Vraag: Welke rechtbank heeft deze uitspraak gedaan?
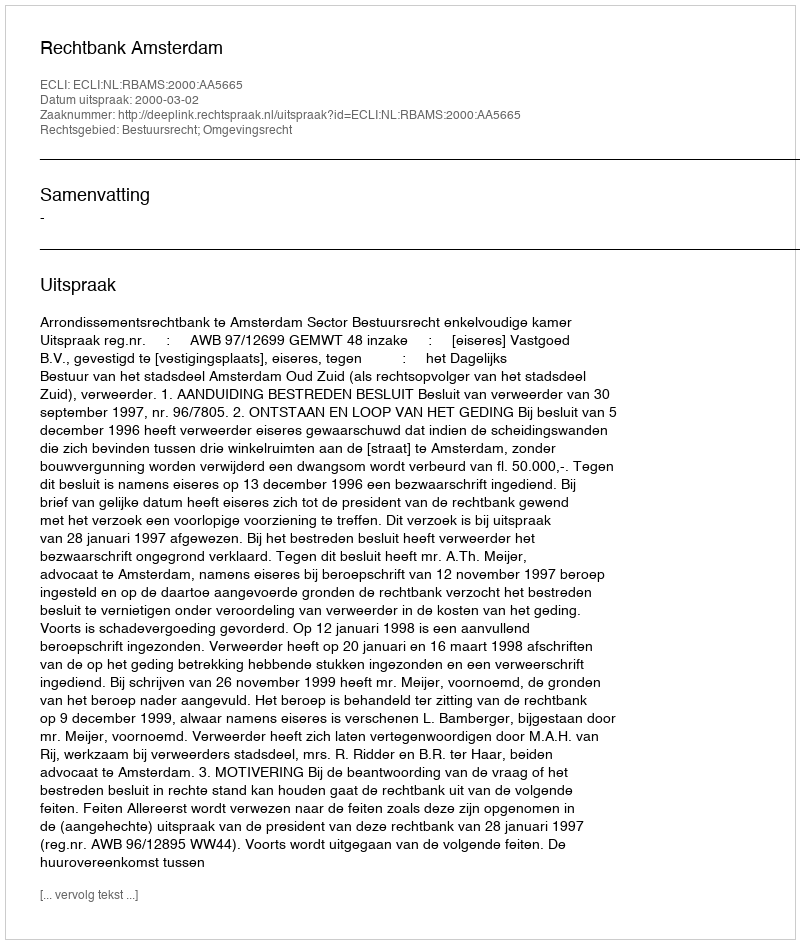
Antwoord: Rechtbank Amsterdam